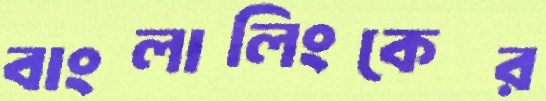
বাংলালিংকের